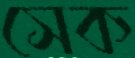
সেক